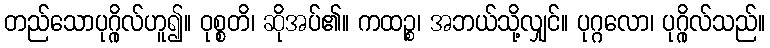
တည်သောပုဂ္ဂိုလ်ဟူ၍။ ဝုစ္စတိ၊ ဆိုအပ်၏။ ကထဉ္စ၊ အဘယ်သို့လျှင်။ ပုဂ္ဂလော၊ ပုဂ္ဂိုလ်သည်။